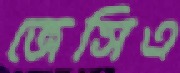
জেসিএ